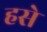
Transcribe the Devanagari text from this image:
हसे